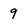
Character: 9